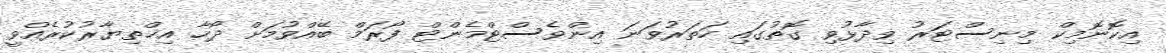
އިކޮނޮމިކް މިނިސްޓަރު ވިދާޅުވި ގޮތުގައި ހަތަރުވަނަ އިންވެސްޓްމެންޓް ފޯރަމް ބޭއްވުމަށް ދޯހާ އިޚްތިޔާރުކުރެއްވީ